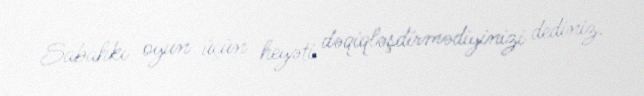
Sabahkı oyun üçün heyəti dəqiqləşdirmədiyinizi dediniz.